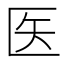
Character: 医